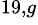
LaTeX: ^{19,g}